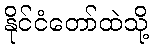
နိုင်ငံတော်ထဲသို့